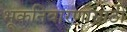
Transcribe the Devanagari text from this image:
भूकनिवारणासाठी